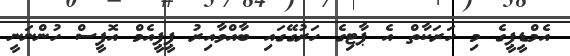
އެމްޑީޕީގެ މި ހަރަކާތް އެ ޕާޓިގެ ހަރުގޭގައި ބާއްވާއިރު ޕީޕީއެމް އޮފީސް ހުންނަނީ